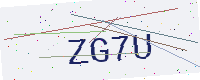
Text: ZG7U